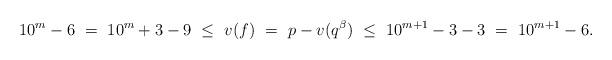
LaTeX: \begin{align*}10^m-6\ =\ 10^m+3-9\ \le \ v(f)\ =\ p-v(q^\beta)\ \le \ 10^{m+1}-3-3 \ =\ 10^{m+1}-6.\end{align*}